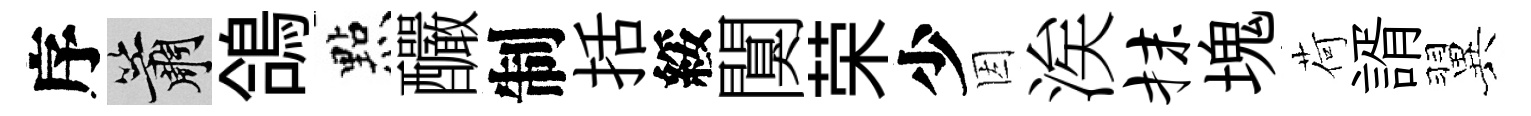
序簫鴿㸃釅制括綏闃荣少因涘抹塊荷諝翼